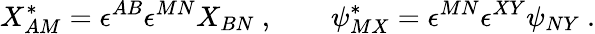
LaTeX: X_{AM}^{*}=\epsilon^{AB}\epsilon^{MN}X_{BN}\ ,\qquad\psi_{MX}^{*}=\epsilon^{MN}\epsilon^{XY}\psi_{NY}\ .